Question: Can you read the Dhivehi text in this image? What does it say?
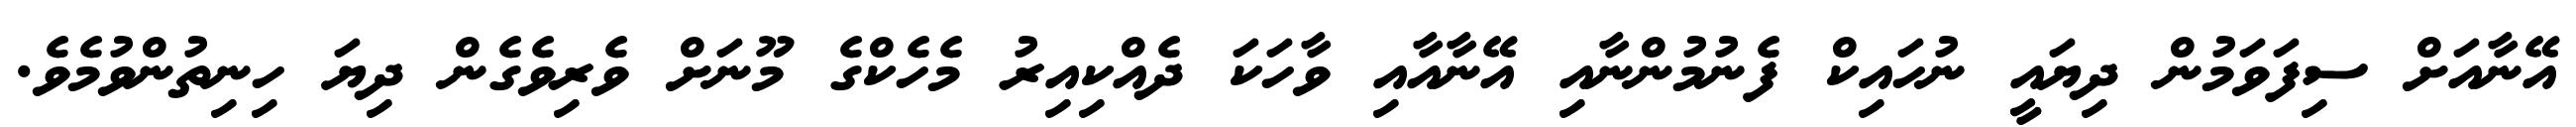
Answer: އޭނާއަށް ސިފަވަމުން ދިޔައީ ނުހައިކް ފެނުމުންނާއި އޭނާއާއި ވާހަކަ ދެއްކިއިރު މެހެކްގެ މޫނަށް ވެރިވެގެން ދިޔަ ހިނިތުންވުމެވެ.